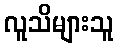
လူသိများသူ